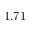
1 . 7 1